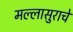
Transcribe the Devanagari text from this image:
मल्लासुराचे